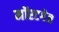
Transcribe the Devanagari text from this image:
मॉरटगेज